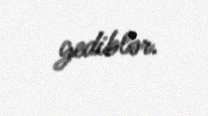
gediblər.